NAE_ERA_R-2632_ENSV_TA_Emakeele_Selts_1945-1955, lk 114
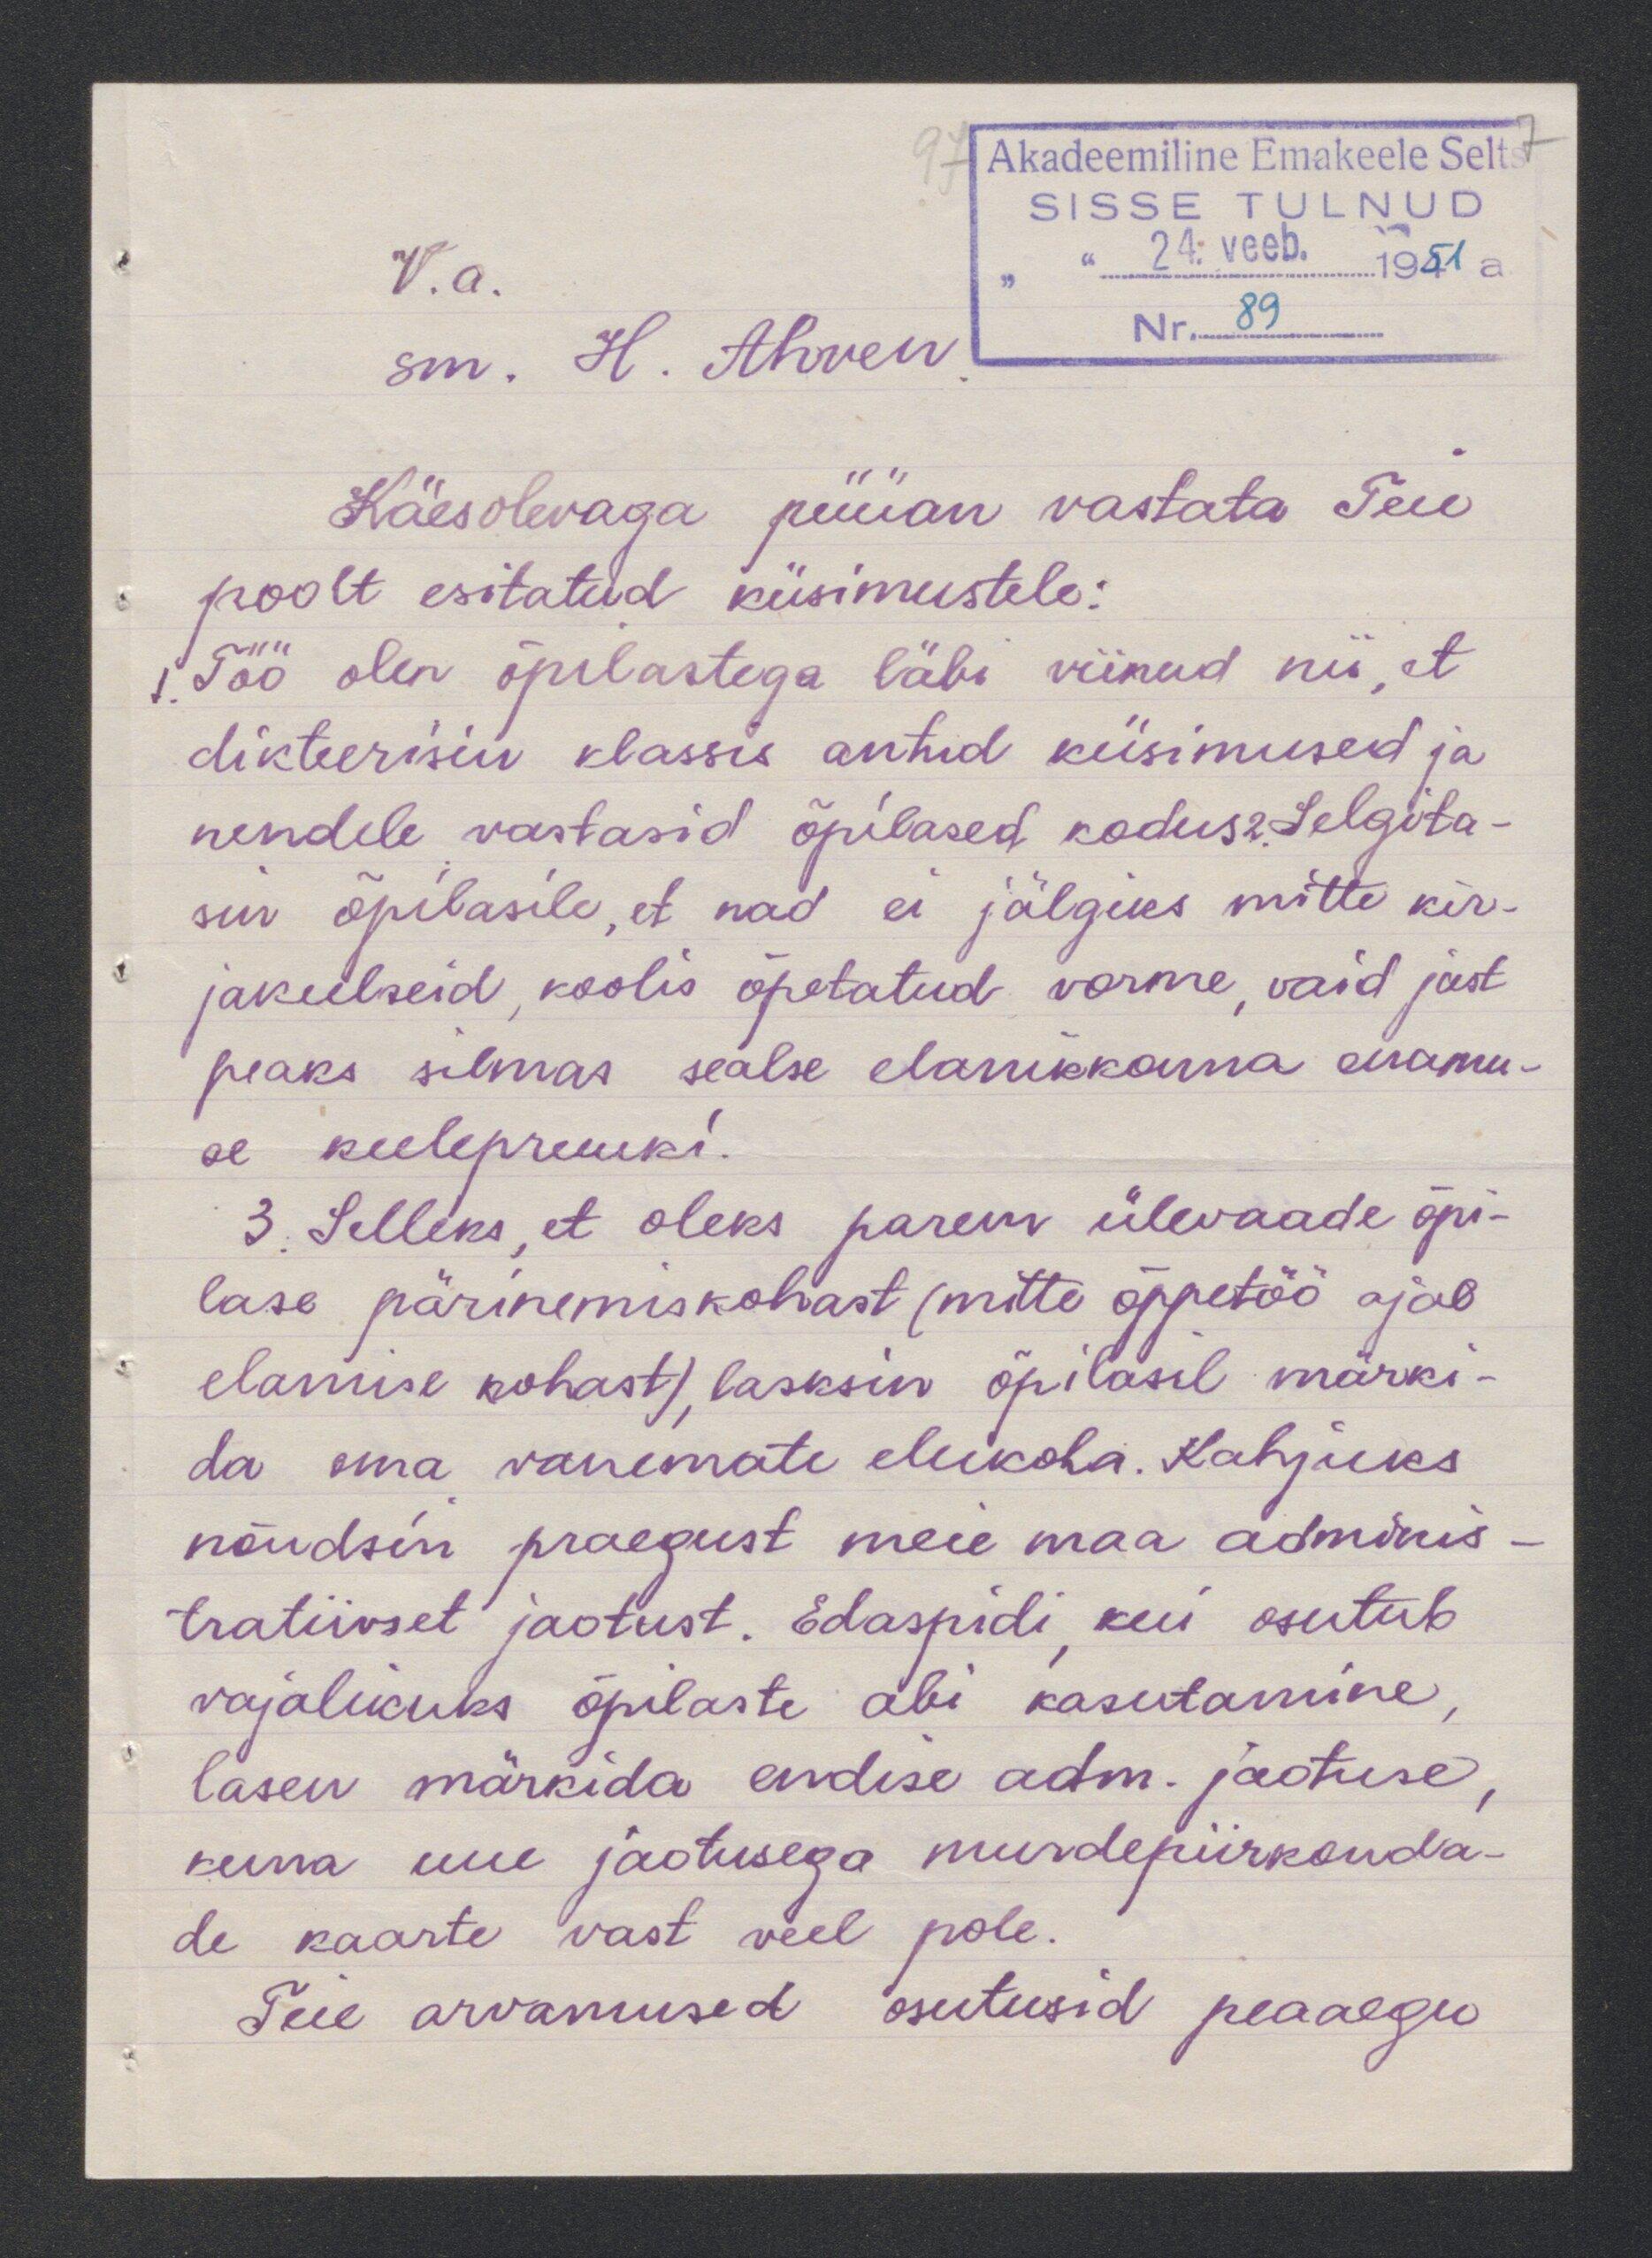
V.a.
sm. H. Ahven
Käesolevaga püüan vastata Teie
poolt esitatud küsimustele:
Töö olen õpilastega läbi viinud nii, et
dikteerisin klassis antud küsimused ja
nendele vastasid õpilased kodus 2. Selgita-
sin õpilasile, et nad ei jälgiks mitte kir-
jakeelseid, koolis õpetatud vorme, vaid just
peaks silmas sealse elanikkonna enamu-
se keelepruuki.
3. Selleks, et oleks parem ülevaade õpi-
lase pärinemiskohast (mitte õppetöö ajal
elamise kohast), lasksin õpilasel märki-
da oma vanemate elukoha. Kahjuks
nõudsin praegust meie maa adminis-
tratiivset jaotust. Edaspidi, kui osutub
vajalikuks õpilaste abi kasutamine,
lasen märkida endise adm. jaotuse
kuna uue jaotusega murdepiirkonda-
de kaarte vast veel pole.
Teie arvamused osutusid peaaegu